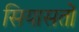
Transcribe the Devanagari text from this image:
सियासतों